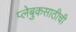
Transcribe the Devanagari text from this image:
प्लेबुकसाठीची